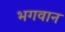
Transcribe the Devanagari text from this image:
भगवान